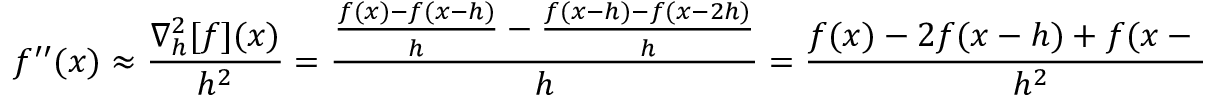
f ^ { \prime \prime } ( x ) \approx { \frac { \nabla _ { h } ^ { 2 } [ f ] ( x ) } { h ^ { 2 } } } = { \frac { { \frac { f ( x ) - f ( x - h ) } { h } } - { \frac { f ( x - h ) - f ( x - 2 h ) } { h } } } { h } } = { \frac { f ( x ) - 2 f ( x - h ) + f ( x - 2 h ) } { h ^ { 2 } } } .